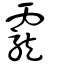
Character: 龗